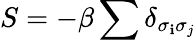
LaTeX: S=-\beta\sum\delta_{\sigma_{\mathbf{i}}\sigma_{j}}